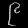
Digit: ၉